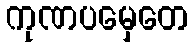
ကုဏပမှေတေ